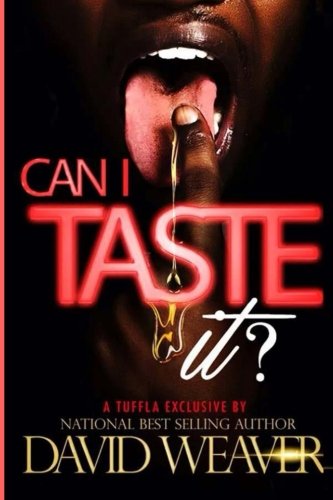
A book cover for Can I Taste It?; David Weaver; Literature & Fiction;